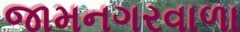
જામનગરવાળા